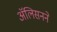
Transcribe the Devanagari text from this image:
ॲलिसनने